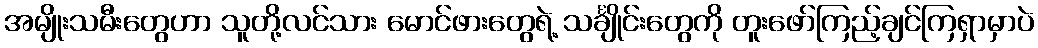
အမျိုးသမီးတွေဟာ သူတို့လင်သား မောင်ဖားတွေရဲ့ သင်္ချိုင်းတွေကို တူးဖော်ကြည့်ချင်ကြရှာမှာပဲ